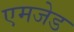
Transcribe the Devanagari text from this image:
एमजेड